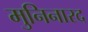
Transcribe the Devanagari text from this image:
मुनिनारद